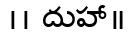
।। దుహా॥